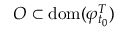
O \subset \mathrm { d o m } ( \varphi _ { t _ { 0 } } ^ { T } )